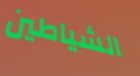
الشياطين